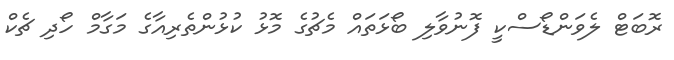
ރޮބަޓް ލެވަންޑޯސްކީ ފޮނުވާލި ބޯޅަތައް މެޗުގެ މޮޅު ކުޅުންތެރިއާގެ މަގާމް ހޯދި ޗެކް